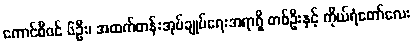
ကောင်စီဝင် ၆ဦး၊ အထက်တန်းအုပ်ချုပ်ရေးအရာရှိ တစ်ဦးနှင့် ကိုယ်ရံတော်လေး